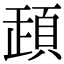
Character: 𩒞